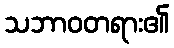
သဘာဝတရား၏